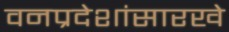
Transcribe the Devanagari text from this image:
वनप्रदेशांसारखे